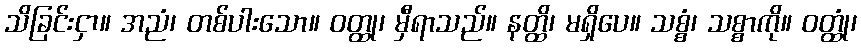
သိခြင်းငှာ။ အညံ၊ တစ်ပါးသော။ ဝတ္ထု၊ မှီရာသည်။ နတ္ထိ၊ မရှိပေ။ သစ္စံ၊ သစ္စာကို။ ဝတ္ထုံ၊